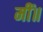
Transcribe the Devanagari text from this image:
मीं॥